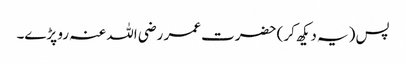
پس (یہ دیکھ کر) حضرت عمر رضی اللہ عنہ رو پڑے۔